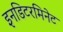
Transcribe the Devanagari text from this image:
इनडिटरमिनेट